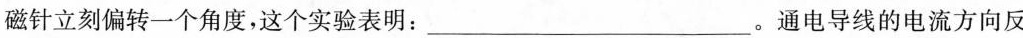
磁针立刻偏转一个角度，这个实验表明：___。通电导线的电流方向反